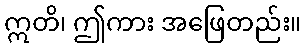
ဣတိ၊ ဤကား အဖြေတည်း။